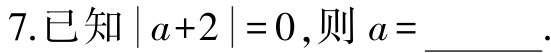
7.已知$\vert a + 2\vert = 0$,则$a = \_\_\_$.